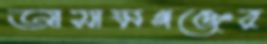
আসামগঞ্জের